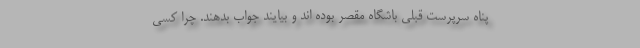
پناه سرپرست قبلی باشگاه مقصر بوده اند و بیایند جواب بدهند. چرا کسی